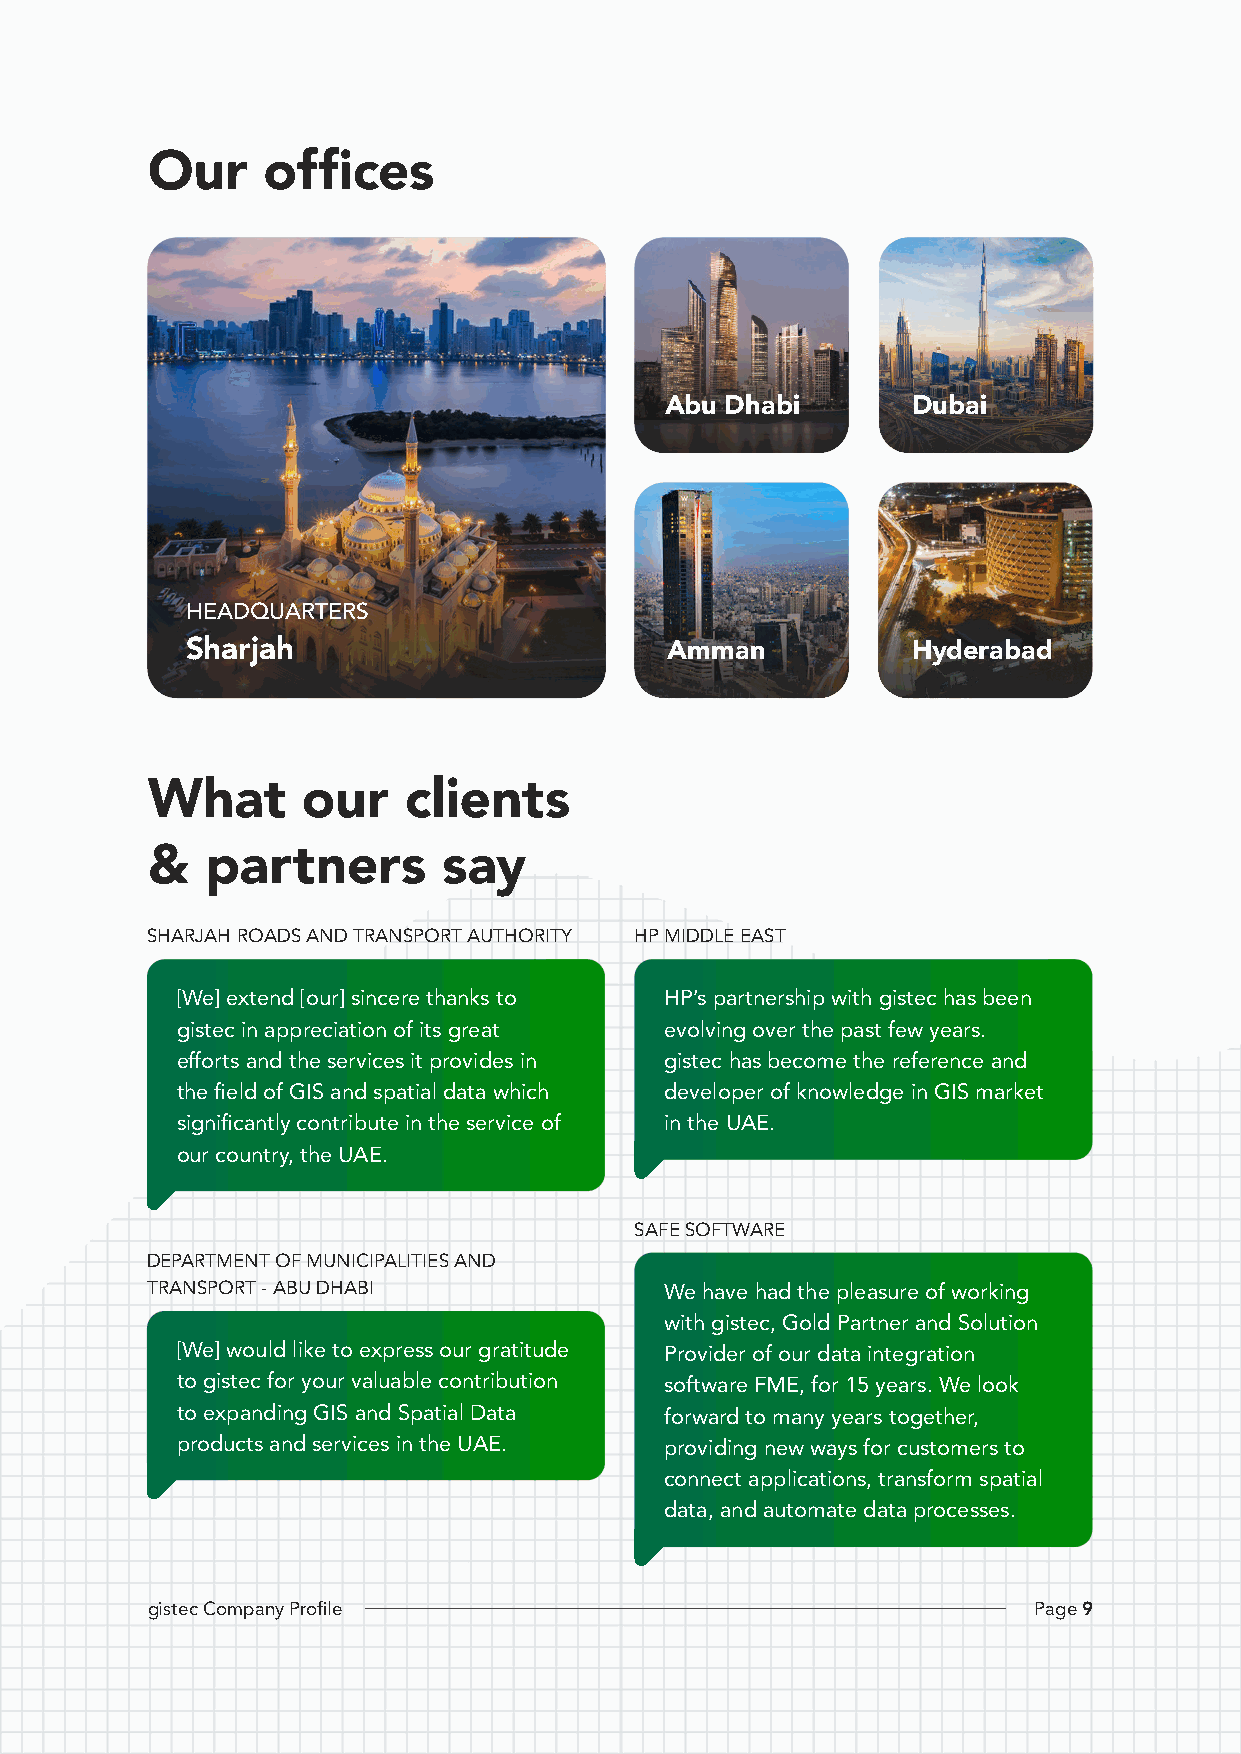
Our    offices
 Abu Dhabi       Dubai
 HEADQUARTERS
 Sharjah                         Amman           Hyderabad
 What      our    clients
 &   partners       say
 SHARJAH ROADS AND TRANSPORT AUTHORITY HP MIDDLE EAST
 [We] extend [our] sincere thanks to HP’s partnership with gistec has been
 gistec in appreciation of its great evolving over the past few years.
 efforts and the services it provides in gistec has become the reference and
 the field of GIS and spatial data which developer of knowledge in GIS market
 significantly contribute in the service of in the UAE.
 our country, the UAE.
 SAFE SOFTWARE
 DEPARTMENT OF MUNICIPALITIES AND
 TRANSPORT - ABU DHABI             We have had the pleasure of working
 with gistec, Gold Partner and Solution
 [We] would like to express our gratitude Provider of our data integration
 to gistec for your valuable contribution software FME, for 15 years. We look
 to expanding GIS and Spatial Data forward to many years together,
 products and services in the UAE. providing new ways for customers to
 connect applications, transform spatial
 data, and automate data processes.
 ggiisstteecc CCoommppaannyy PPrroofifillee                PPaaggee 99